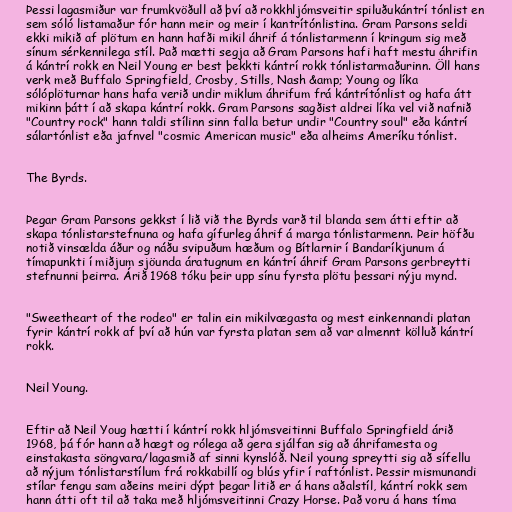
Þessi lagasmiður var frumkvöðull að því að rokkhljómsveitir spiluðukántrí tónlist en
sem sóló listamaður fór hann meir og meir í kantrítónlistina. Gram Parsons seldi
ekki mikið af plötum en hann hafði mikil áhrif á tónlistarmenn í kringum sig með
sínum sérkennilega stíl. Það mætti segja að Gram Parsons hafi haft mestu áhrifin
á kántrí rokk en Neil Young er best þekkti kántrí rokk tónlistarmaðurinn. Öll hans
verk með Buffalo Springfield, Crosby, Stills, Nash &amp; Young og líka
sólóplöturnar hans hafa verið undir miklum áhrifum frá kántrítónlist og hafa átt
mikinn þátt í að skapa kántrí rokk. Gram Parsons sagðist aldrei líka vel við nafnið
"Country rock" hann taldi stílinn sinn falla betur undir "Country soul" eða kántrí
sálartónlist eða jafnvel "cosmic American music" eða alheims Ameríku tónlist.

The Byrds.

Þegar Gram Parsons gekkst í lið við the Byrds varð til blanda sem átti eftir að
skapa tónlistarstefnuna og hafa gífurleg áhrif á marga tónlistarmenn. Þeir höfðu
notið vinsælda áður og náðu svipuðum hæðum og Bítlarnir í Bandaríkjunum á
tímapunkti í miðjum sjöunda áratugnum en kántrí áhrif Gram Parsons gerbreytti
stefnunni þeirra. Árið 1968 tóku þeir upp sínu fyrsta plötu þessari nýju mynd.

"Sweetheart of the rodeo" er talin ein mikilvægasta og mest einkennandi platan
fyrir kántrí rokk af því að hún var fyrsta platan sem að var almennt kölluð kántrí
rokk.

Neil Young.

Eftir að Neil Youg hætti í kántrí rokk hljómsveitinni Buffalo Springfield árið
1968, þá fór hann að hægt og rólega að gera sjálfan sig að áhrifamesta og
einstakasta söngvara/lagasmið af sinni kynslóð. Neil young spreytti sig að sífellu
að nýjum tónlistarstílum frá rokkabillí og blús yfir í raftónlist. Þessir mismunandi
stílar fengu sam aðeins meiri dýpt þegar litið er á hans aðalstíl, kántrí rokk sem
hann átti oft til að taka með hljómsveitinni Crazy Horse. Það voru á hans tíma